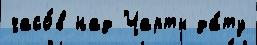
часо́в над Чарты да́ту